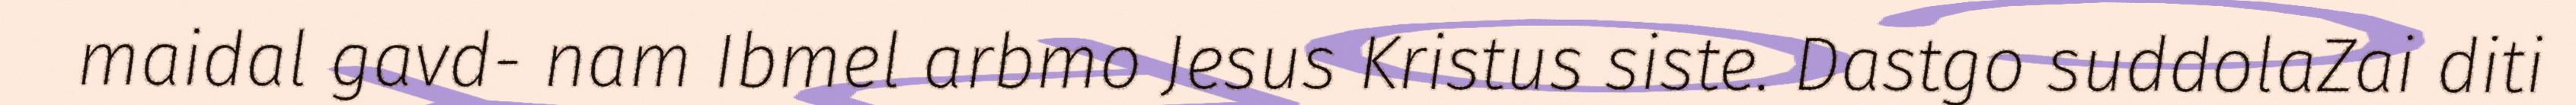
maidal gavd- nam Ibmel arbmo Jesus Kristus siste. Dastgo suddolaZai diti